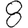
Digit: 8